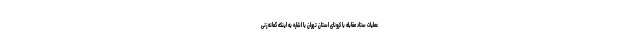
عملیات ستاد مقابله با کرونای استان تهران با اشاره به اینکه گمانه زنی